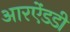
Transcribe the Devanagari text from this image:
आरऐंडडी